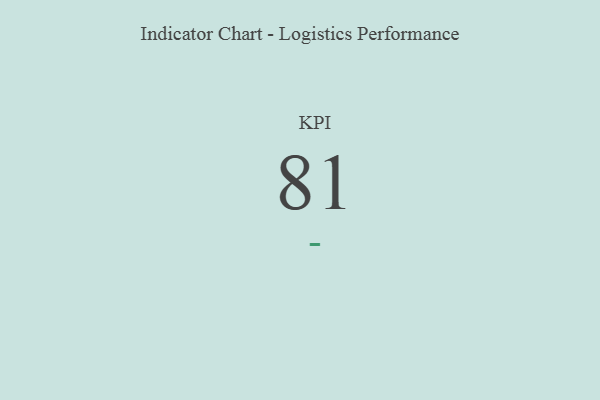
{"axis": {"x": "KPI", "y": "Value"}, "legend": [""], "data": [{"x": "KPI", "y": 81, "type": ""}]}